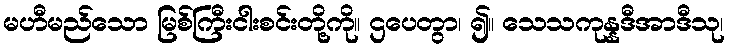
မဟီမည်သော မြစ်ကြီးငါးစင်းတို့ကို။ ဌပေတွာ၊ ၍။ သေသကုန္နဒီအာဒီသု၊